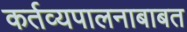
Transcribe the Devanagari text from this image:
कर्तव्यपालनाबाबत